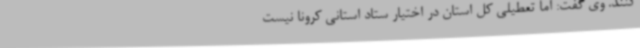
کنند. وی گفت: اما تعطیلی کل استان در اختیار ستاد استانی کرونا نیست